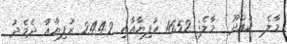
މާލެ  ކައްދޫ  މާލެ: 1652 ރުފިޔާއާއި 2442 ރުފިޔާއާ ދެމެދު